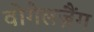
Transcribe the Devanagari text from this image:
वोगेलज़ैंग